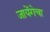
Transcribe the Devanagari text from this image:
जायेंगेचा